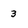
Character: 3